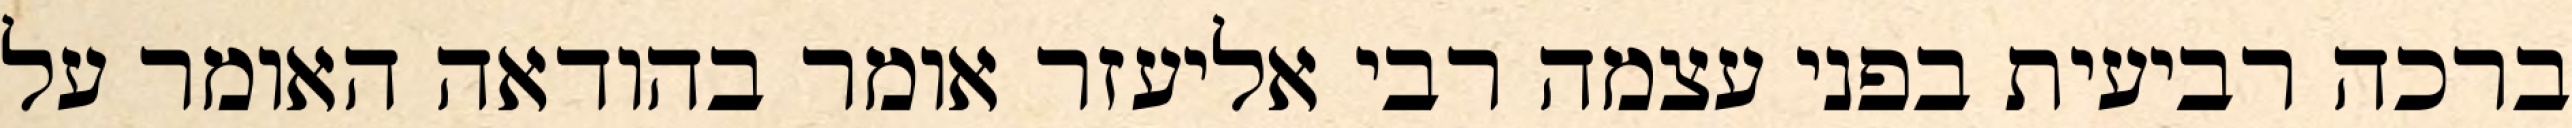
ברכה רביעית בפני עצמה רבי אליעזר אומר בהודאה האומר על